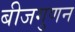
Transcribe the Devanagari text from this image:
बीजगुणन